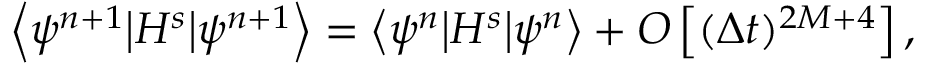
\left\langle \psi ^ { n + 1 } \big | H ^ { s } \big | \psi ^ { n + 1 } \right\rangle = \left\langle \psi ^ { n } \big | H ^ { s } \big | \psi ^ { n } \right\rangle + { \cal O } \left[ ( \Delta t ) ^ { 2 M + 4 } \right] ,